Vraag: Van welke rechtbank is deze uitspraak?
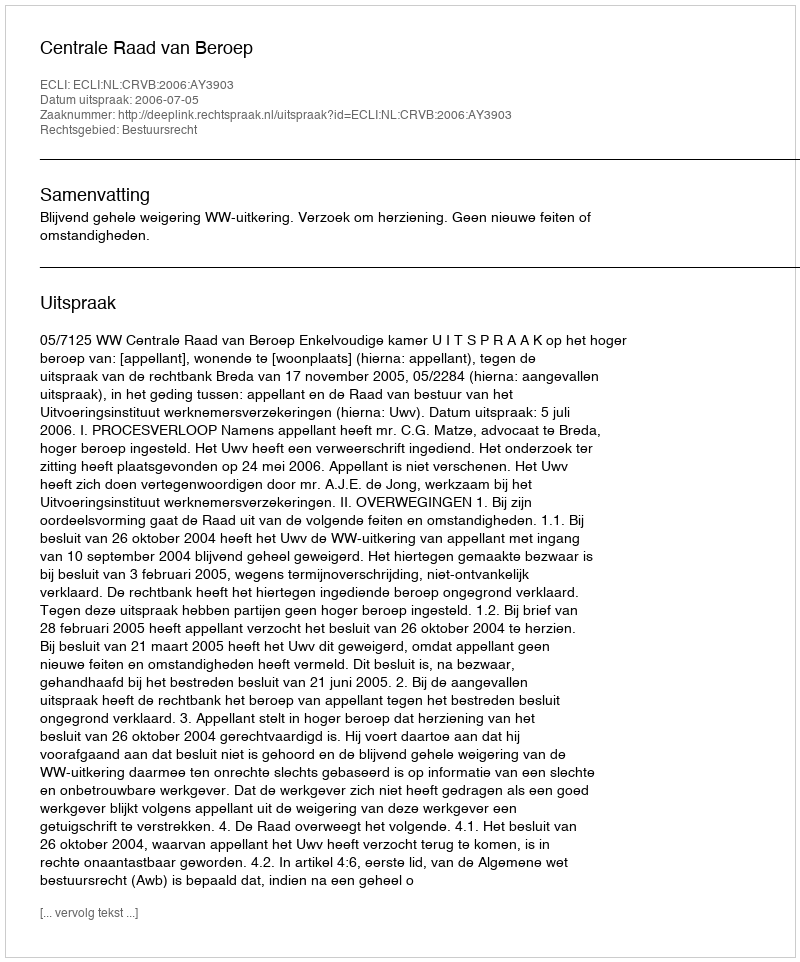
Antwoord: Centrale Raad van Beroep